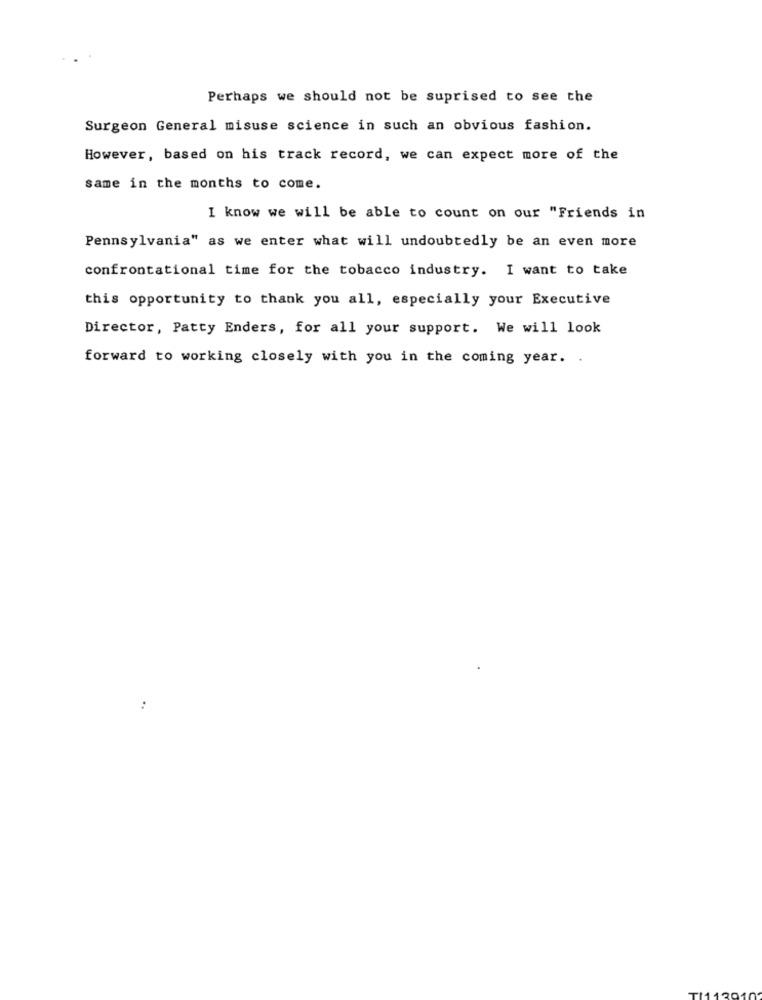
Perhaps we should not be suprised to see the
Surgeon General misuse science in such an obvious fashion.
However, based on his track record, we can expect more of the
same in the months to come.
I know we will be able to count on our "Friends in
Pennsylvania" as we enter what will undoubtedly be an even more
confrontational time for the tobacco industry. I want to take
this opportunity to thank you all, especially your Executive
Director, Patty Enders, for all your support. We will look
forward to working closely with you in the coming year. .